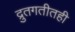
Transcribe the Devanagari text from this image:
द्रुतगतीतही